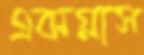
একগ্লাস